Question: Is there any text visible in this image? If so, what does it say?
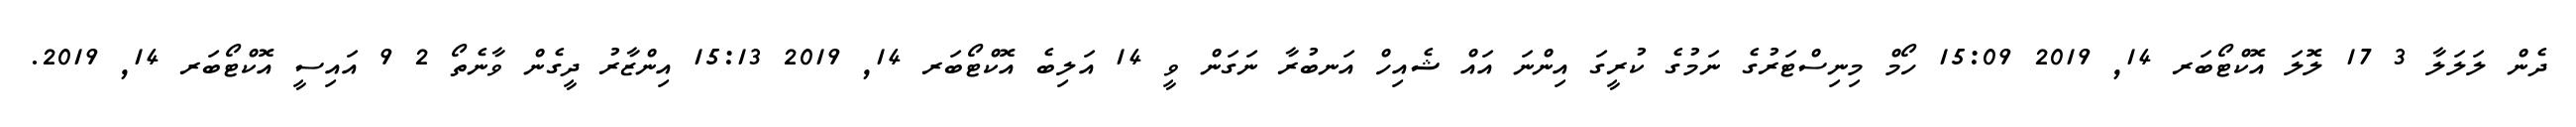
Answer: ދެން ލަލަލާ 3 17 ލޮލަ އޮކްޓޯބަރ 14, 2019 15:09 ހޯމް މިނިސްޓަރުގެ ނަމުގެ ކުރީގަ އިންނަ އައް ޝެއިހް އަނބުރާ ނަގަން ވީ 14 އަލިބެ އޮކްޓޯބަރ 14, 2019 15:13 އިންޒާރު ދީގެން ވާނެތޯ 2 9 އައިސީ އޮކްޓޯބަރ 14, 2019.